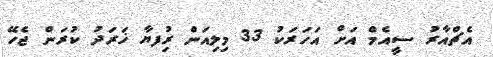
އެޗްއާރު ސީއެމް އަށް އަހަރަކު 33 މިލިއަން ރުިފޔާ ޚަރަދު ކުރަން ޖެހޭ